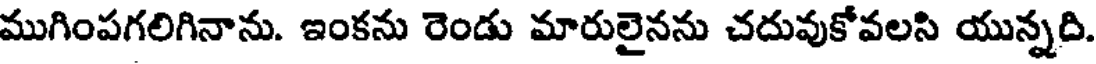
ముగింపగలిగినాను. ఇంకను రెండు మారులైనను చదువుకోవలసి యున్నది.